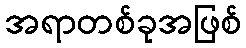
အရာတစ်ခုအဖြစ်